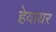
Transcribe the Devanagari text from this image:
हेवायर